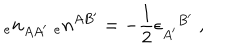
{ _ { e } n _ { A A ^ { \prime } } } \; { _ { e } n ^ { A B ^ { \prime } } } = - { \frac { 1 } { 2 } } \epsilon _ { A ^ { \prime } } ^ { B ^ { \prime } } \; ,